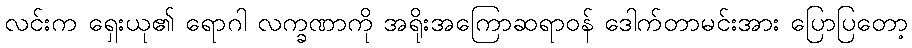
လင်းက ရှေးယု၏ ရောဂါ လက္ခဏာကို အရိုးအကြောဆရာဝန် ဒေါက်တာမင်းအား ပြောပြတော့